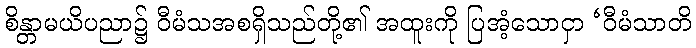
စိန္တာမယိပညာ၌ ဝီမံသအစရှိသည်တို့၏ အထူးကို ပြအံ့သောငှာ ‘ဝီမံသာတိ